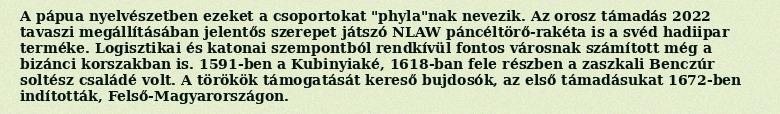
A pápua nyelvészetben ezeket a csoportokat "phyla"nak nevezik. Az orosz támadás 2022 tavaszi megállításában jelentős szerepet játszó NLAW páncéltörő-rakéta is a svéd hadiipar terméke. Logisztikai és katonai szempontból rendkívül fontos városnak számított még a bizánci korszakban is. 1591-ben a Kubinyiaké, 1618-ban fele részben a zaszkali Benczúr soltész családé volt. A törökök támogatását kereső bujdosók, az első támadásukat 1672-ben indították, Felső-Magyarországon.